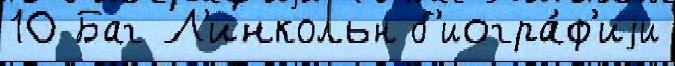
10 Баг Л'инкольн б'иогра́ф'иjи